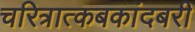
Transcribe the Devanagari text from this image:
चरित्रात्कबकांदबरी